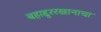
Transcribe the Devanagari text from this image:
बहाद्दुररखानाचा